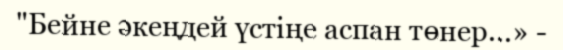
"Бейне әкеңдей үстіңе аспан төнер...» -